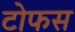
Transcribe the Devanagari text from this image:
टोफस